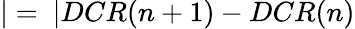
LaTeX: |=~|DCR(n+1)-DCR(n)